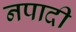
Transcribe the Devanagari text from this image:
नपादी